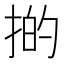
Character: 𢯊